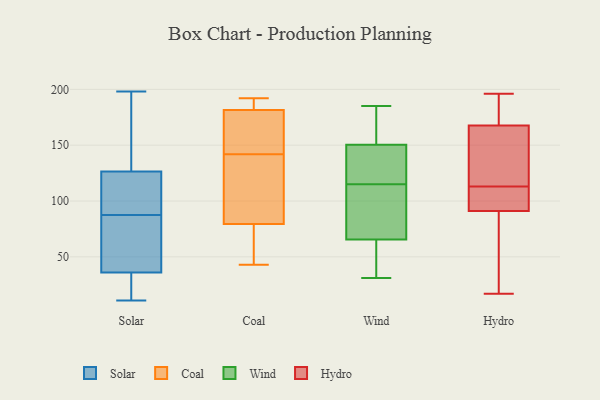
{"axis": {"x": "Conversion Rate (%)", "y": "Value"}, "legend": ["Coal", "Hydro", "Solar", "Wind"], "data": [{"x": "", "y": 83, "type": "Solar"}, {"x": "", "y": 134, "type": "Solar"}, {"x": "", "y": 183, "type": "Solar"}, {"x": "", "y": 48, "type": "Solar"}, {"x": "", "y": 19, "type": "Solar"}, {"x": "", "y": 198, "type": "Solar"}, {"x": "", "y": 24, "type": "Solar"}, {"x": "", "y": 60, "type": "Solar"}, {"x": "", "y": 92, "type": "Solar"}, {"x": "", "y": 11, "type": "Solar"}, {"x": "", "y": 119, "type": "Solar"}, {"x": "", "y": 111, "type": "Solar"}, {"x": "", "y": 174, "type": "Coal"}, {"x": "", "y": 74, "type": "Coal"}, {"x": "", "y": 43, "type": "Coal"}, {"x": "", "y": 176, "type": "Coal"}, {"x": "", "y": 187, "type": "Coal"}, {"x": "", "y": 130, "type": "Coal"}, {"x": "", "y": 85, "type": "Coal"}, {"x": "", "y": 154, "type": "Coal"}, {"x": "", "y": 48, "type": "Coal"}, {"x": "", "y": 90, "type": "Coal"}, {"x": "", "y": 192, "type": "Coal"}, {"x": "", "y": 192, "type": "Coal"}, {"x": "", "y": 67, "type": "Wind"}, {"x": "", "y": 149, "type": "Wind"}, {"x": "", "y": 67, "type": "Wind"}, {"x": "", "y": 132, "type": "Wind"}, {"x": "", "y": 152, "type": "Wind"}, {"x": "", "y": 35, "type": "Wind"}, {"x": "", "y": 142, "type": "Wind"}, {"x": "", "y": 185, "type": "Wind"}, {"x": "", "y": 31, "type": "Wind"}, {"x": "", "y": 98, "type": "Wind"}, {"x": "", "y": 64, "type": "Wind"}, {"x": "", "y": 166, "type": "Wind"}, {"x": "", "y": 196, "type": "Hydro"}, {"x": "", "y": 161, "type": "Hydro"}, {"x": "", "y": 129, "type": "Hydro"}, {"x": "", "y": 170, "type": "Hydro"}, {"x": "", "y": 40, "type": "Hydro"}, {"x": "", "y": 17, "type": "Hydro"}, {"x": "", "y": 113, "type": "Hydro"}, {"x": "", "y": 105, "type": "Hydro"}, {"x": "", "y": 94, "type": "Hydro"}, {"x": "", "y": 171, "type": "Hydro"}, {"x": "", "y": 90, "type": "Hydro"}]}